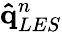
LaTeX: \mathbf{\hat{q}}_{LES}^{n}